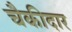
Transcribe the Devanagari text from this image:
चैकीदार